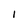
Character: I